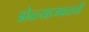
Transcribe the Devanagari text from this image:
डोळ्याजवळची